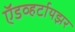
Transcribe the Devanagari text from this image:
ऍडव्हर्टायझर